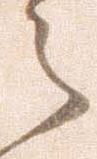
之